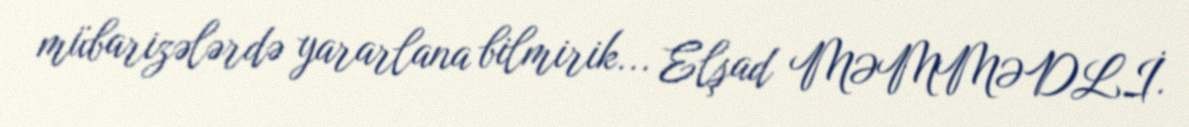
mübarizələrdə yararlana bilmirik... Elşad MƏMMƏDLİ.